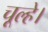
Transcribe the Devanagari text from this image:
चूल्हे।